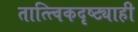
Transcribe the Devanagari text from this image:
तात्त्विकदृष्ट्याही